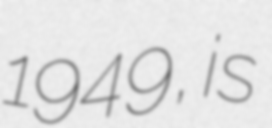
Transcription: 1949, is